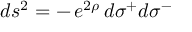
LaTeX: \: d s ^ { 2 } = - \, e ^ { 2 \rho } \, d \sigma ^ { + } d \sigma ^ { - } \: